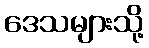
ဒေသများသို့